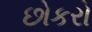
છોકરો